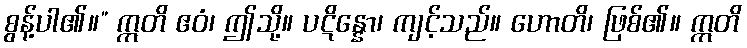
စွန့်ပါ၏။” ဣတိ ဧဝံ၊ ဤသို့။ ပဋိန္နော၊ ကျင့်သည်။ ဟောတိ၊ ဖြစ်၏။ ဣတိ